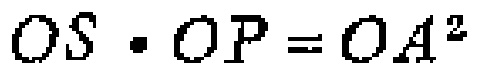
\(OS\cdot OP = OA^{2}\)